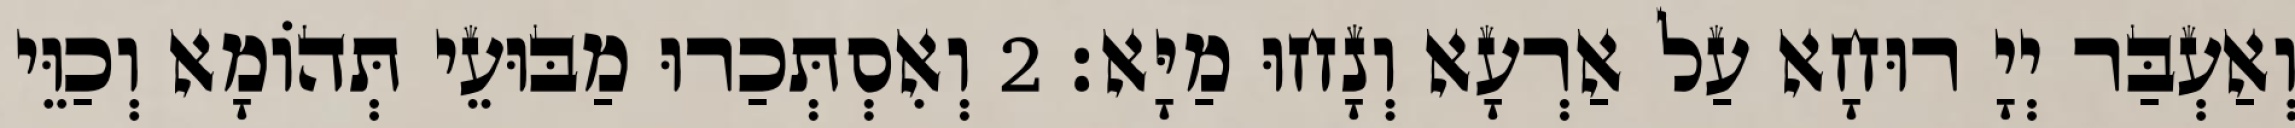
וְאַעְבַּר יְיָ רוּחָא עַל אַרְעָא וְנָחוּ מַיָּא׃ 2 וְאִסְתְּכַרוּ מַבּוּעֵי תְּהוֹמָא וְכַוֵּי